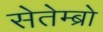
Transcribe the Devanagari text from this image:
सेतेम्ब्रो